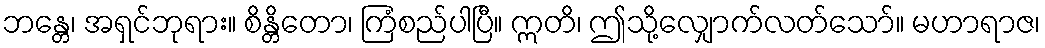
ဘန္တေ၊ အရှင်ဘုရား။ စိန္တိတော၊ ကြံစည်ပါပြီ။ ဣတိ၊ ဤသို့လျှောက်လတ်သော်။ မဟာရာဇ၊